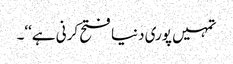
تمہیں پوری دنیا فتح کرنی ہے‘‘۔